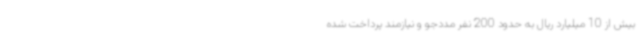
بیش از 10 میلیارد ریال به حدود 200 نفر مددجو و نیازمند پرداخت شده